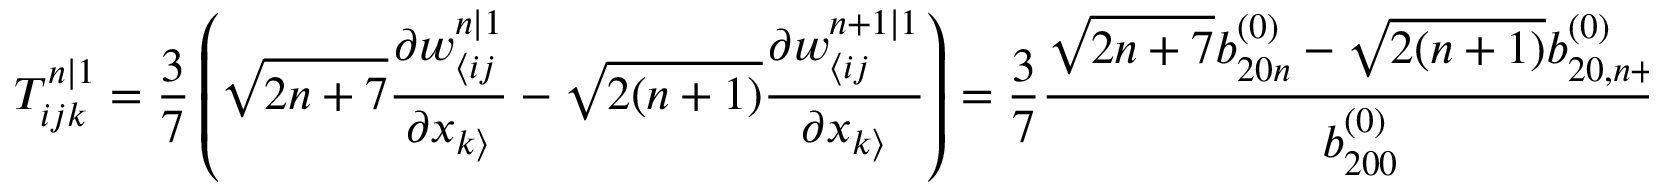
T _ { i j k } ^ { n | 1 } = \frac { 3 } { 7 } \left( \sqrt { 2 n + 7 } \frac { \partial w _ { \langle i j } ^ { n | 1 } } { \partial x _ { k \rangle } } - \sqrt { 2 ( n + 1 ) } \frac { \partial w _ { \langle i j } ^ { n + 1 | 1 } } { \partial x _ { k \rangle } } \right) = \frac { 3 } { 7 } \frac { \sqrt { 2 n + 7 } b _ { 2 0 n } ^ { ( 0 ) } - \sqrt { 2 ( n + 1 ) } b _ { 2 0 , n + 1 } ^ { ( 0 ) } } { b _ { 2 0 0 } ^ { ( 0 ) } } \frac { \partial w _ { \langle i j } ^ { 0 | 1 } } { \partial x _ { k \rangle } }